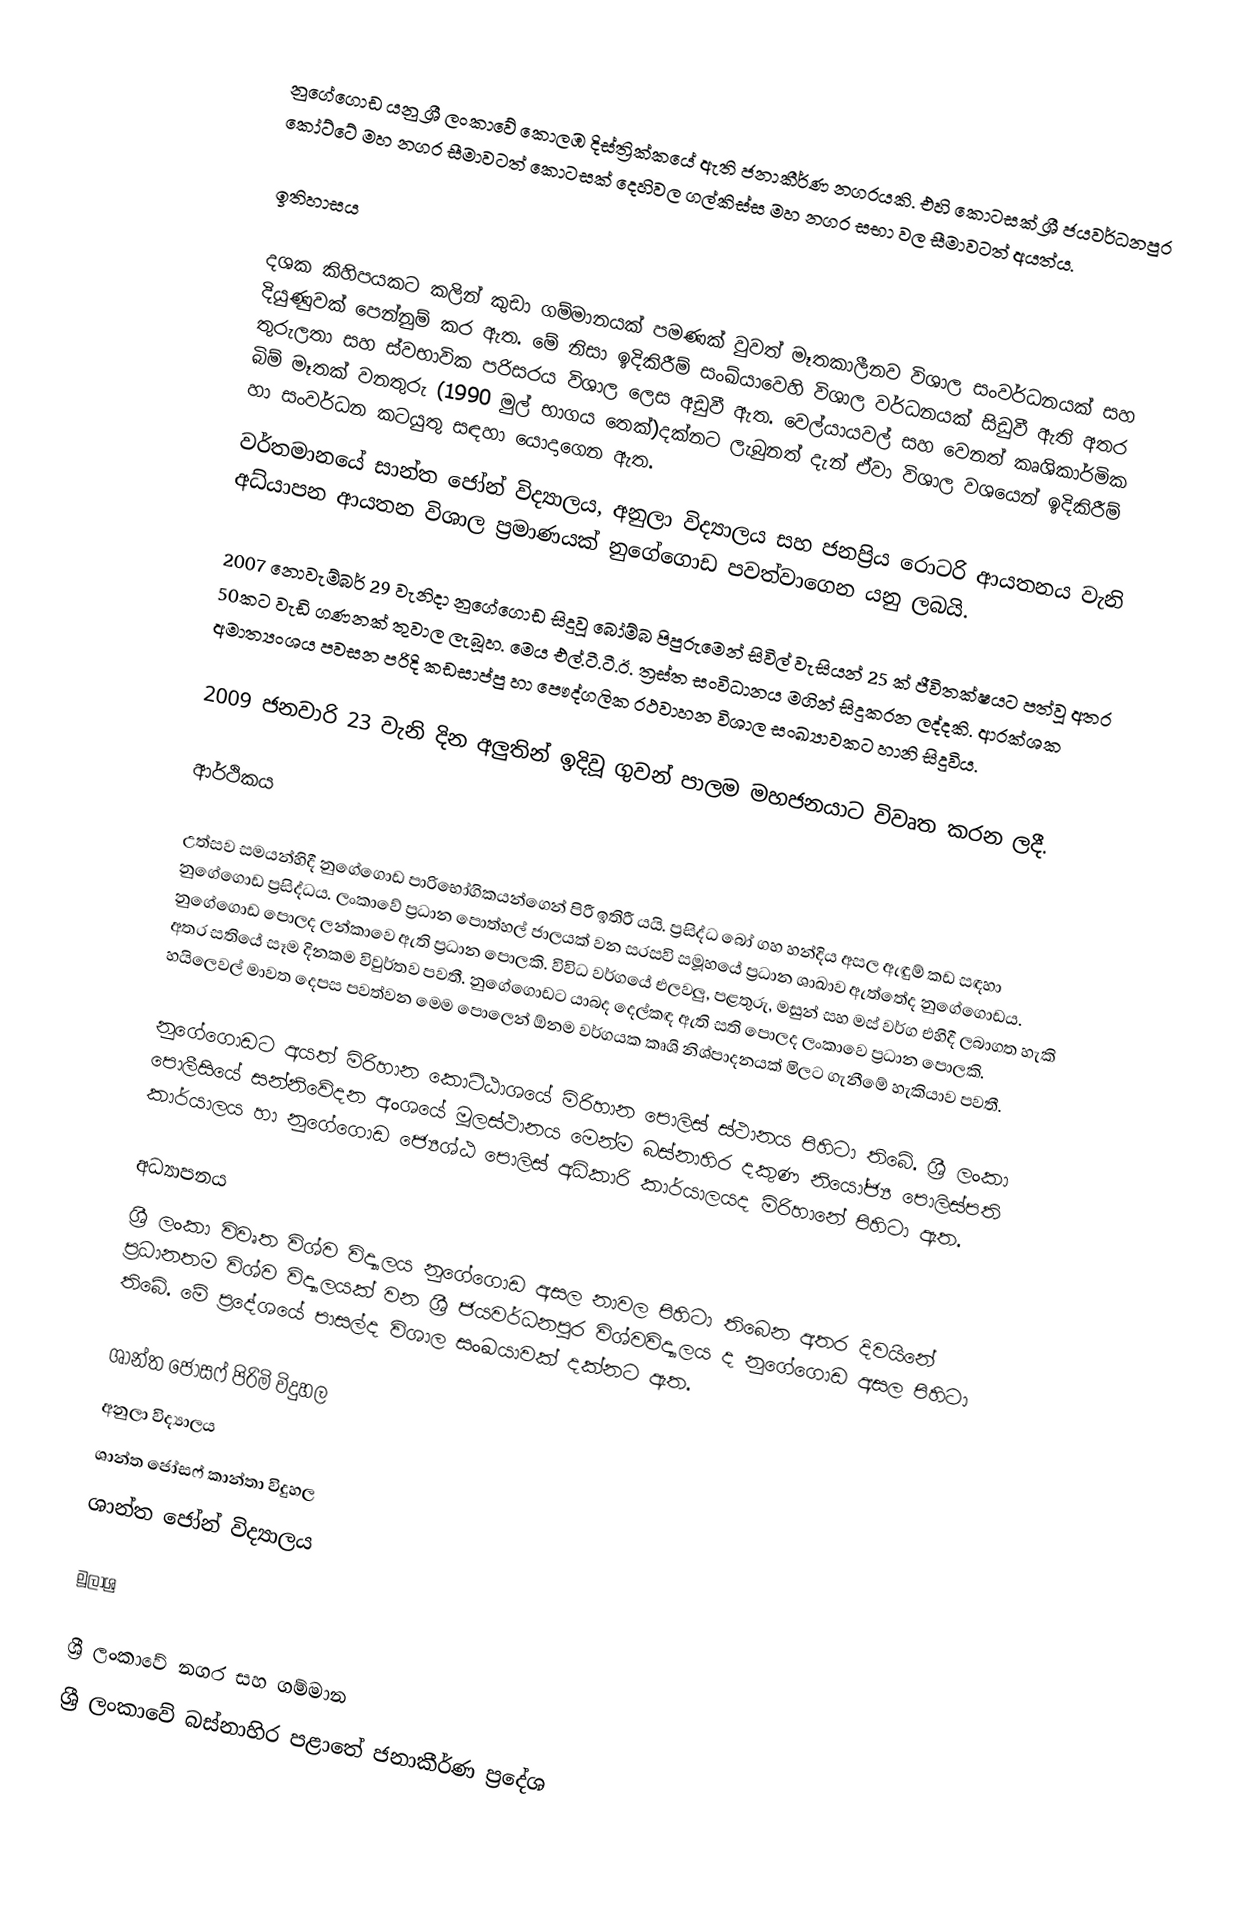
නුගේගොඩ යනු ශ්‍රී ලංකාවේ කොලඹ දිස්ත්‍රික්කයේ ඇති ජනාකීර්ණ නගරයකි.  එහි කොටසක් ශ්‍රී ජයවර්ධනපුර කෝට්ටේ මහ නගර සීමාවටත් කොටසක්  දෙහිවල ගල්කිස්ස මහ නගර සභා වල සීමාවටත් අයත්ය.

ඉතිහාසය

දශක කිහිපයකට කලින් කුඩා ගම්මානයක් පමණක් වුවත් මෑතකාලීනව විශාල සංවර්ධනයක් සහ දියුණුවක් පෙන්නුම් කර ඇත. මේ නිසා ඉදිකිරීම් සංඛ්යාවෙහි විශාල වර්ධනයක් සිඩුවී ඇති අතර තුරුලතා සහ ස්වභාවික පරිසරය විශාල ලෙස අඩුවී ඇත. වෙල්යායවල් සහ වෙනත් කෘශිකාර්මික බිම් මෑතක් වනතුරු (1990 මුල් භාගය තෙක්)දක්නට ලැබුනත් දැන් ඒවා විශාල වශයෙන් ඉදිකිරීම් හා සංවර්ධන කටයුතු සඳහා යොදාගෙන ඇත.
වර්තමානයේ සාන්ත ජෝන් විද්‍යාලය,  අනුලා විද්‍යාලය සහ  ජනප්‍රිය රොටරි ආයතනය වැනි අධ්යාපන ආයතන විශාල ප්‍රමාණයක් නුගේගොඩ පවත්වාගෙන යනු ලබයි.

2007  නොවැම්බර් 29 වැනිදා නුගේගොඩ සිදුවූ බෝම්බ පිපුරුමෙන් සිවිල් වැසියන් 25 ක් ජීවිතක්ෂයට පත්වූ අතර 50කට වැඩි ගණනක් තුවාල ලැබූහ. මෙය එල්.ටී.ටී.ඊ. ත්‍රස්ත සංවිධානය මගින් සිදුකරන ලද්දකි. ආරක්ශක අමාත්‍යංශය පවසන පරිදි කඩසාප්පු හා පෞද්ගලික රථවාහන විශාල සංඛ්‍යාවකට හානි සිදුවිය.

2009 ජනවාරි 23 වැනි දින අලුතින් ඉදිවූ ගුවන් පාලම මහජනයාට විවෘත කරන ලදී.

ආර්ථිකය

උත්සව සමයන්හිදී නුගේගොඩ පාරිභෝගිකයන්ගෙන් පිරී ඉතිරී යයි.  ප්‍රසිද්ධ බෝ ගහ හන්දිය අසල ඇඳුම් කඩ සඳහා නුගේගොඩ ප්‍රසිද්ධය.  ලංකාවේ ප්‍රධාන පොත්හල් ජාලයක් වන සරසවි සමූහයේ ප්‍රධාන ශාඛාව ඇත්තේද නුගේගොඩය. නුගේගොඩ පොලද ලන්කාවෙ ඇති ප්‍රධාන පොලකි. විවිධ වර්ගයේ එලවලු, පළතුරු, මසුන් සහ මස් වර්ග එහිදී ලබාගත හැකි අතර සතියේ සෑම දිනකම විවුර්තව පවතී.  නුගේගොඩට යාබද දෙල්කඳ ඇති සති පොලද ලංකාවෙ ප්‍රධාන පොලකි. හයිලෙවල් මාවත දෙපස පවත්වන මෙම පොලෙන් ඕනම වර්ගයක කෘශි නිශ්පාදනයක් මිලට ගැනීමේ හැකියාව පවතී.

නුගේගොඩට අයත් මිරිහාන කොට්ඨාශයේ මිරිහාන පොලිස් ස්ථානය පිහිටා තිබේ. ශ්‍රී ලංකා පොලීසියේ සන්නිවේදන අංශයේ මූලස්ථානය මෙන්ම බස්නාහිර දකුණ නියෝජ්‍ය පොලිස්පති කාර්යාලය හා නුගේගොඩ ජ්‍යෙශ්ඨ පොලිස් අධිකාරි කාර්යාලයද මිරිහානේ පිහිටා ඇත.

අධ්‍යාපනය
ශ්‍රී ලංකා විවෘත විශ්ව විද්‍යාලය නුගේගොඩ අසල නාවල පිහිටා තිබෙන අතර දිවයිනේ ප්‍රධානතම විශ්ව විද්‍යාලයක් වන ශ්‍රී ජයවර්ධනපුර විශ්වවිද්‍යාලය ද නුගේගොඩ අසල පිහිටා තිබේ. මේ ප්‍රදේශයේ පාසල්ද විශාල සංඛයාවක් දක්නට ඇත.

 ශාන්ත ජෝසෆ් පිරිමි විදුහල
 අනුලා විද්‍යාලය
 ශාන්ත ජෝසෆ් කාන්තා විදුහල
 ශාන්ත ජෝන් විද්‍යාලය

මූලාශ්‍ර

ශ්‍රී ලංකාවේ නගර සහ ගම්මාන
ශ්‍රී ලංකාවේ බස්නාහිර පළාතේ ජනාකීර්ණ ප්‍රදේශ